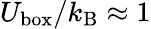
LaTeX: U_{\mathrm{box}}/k_{\mathrm{B}}\approx 1